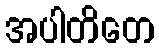
အပါတိတေ